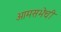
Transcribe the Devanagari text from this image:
आमसभेची